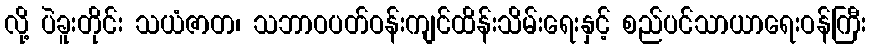
လို့ ပဲခူးတိုင်း သယံဇာတ၊ သဘာဝပတ်ဝန်းကျင်ထိန်းသိမ်းရေးနှင့် စည်ပင်သာယာရေးဝန်ကြီး